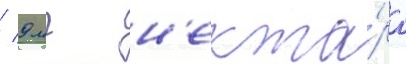
/ 9 мг н'екта́ра